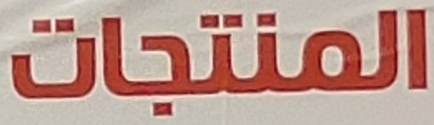
المنتجات